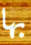
بها